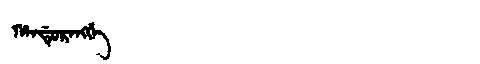
Manchu: ᡥᠠᠨᡩᡠᡵᠠᠩᡤᡝ
Romanization: HANDURANGGE